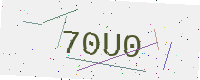
Text: 70U0